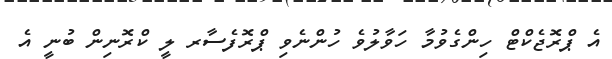
އެ ޕްރޮޖެކްޓް ހިންގެވުމާ ހަވާލުވެ ހުންނެވި ޕްރޮފެސާރ ލީ ކްރޮނިން ބުނީ އެ